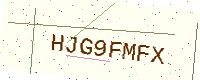
Text: HJG9FMFX